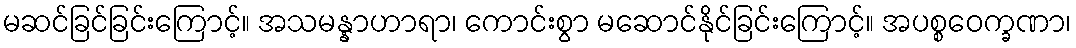
မဆင်ခြင်ခြင်းကြောင့်။ အသမန္နာဟာရာ၊ ကောင်းစွာ မဆောင်နိုင်ခြင်းကြောင့်။ အပစ္စဝေက္ခဏာ၊